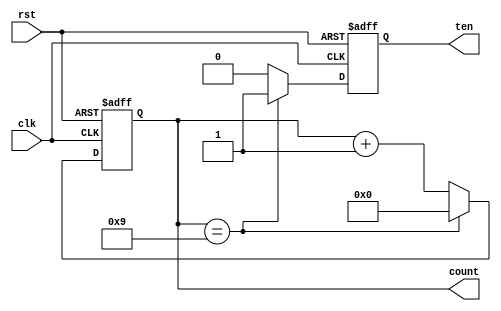
`timescale 1ns / 1ps
//////////////////////////////////////////////////////////////////////////////////
// Company: 
// Engineer: 
// 
// Design Name: 
// Module Name: decade_counter
// Project Name: 
// Target Devices: 
// Tool Versions: 
// Description: 
// 
// Dependencies: 
// 
// Revision:
// Revision 0.01 - File Created
// Additional Comments:
// 
//////////////////////////////////////////////////////////////////////////////////


module decade_counter(
  input clk,
  input rst,
  output [3:0] count,
  output ten
);
//internal registers
reg [3:0] count_internal;
reg ten_internal;

//assign internal registers to outputs
assign count=count_internal;
assign ten= ten_internal;
    
always @(posedge clk or posedge rst) begin
  if (rst) begin
    count_internal <= 4'b0000;
    ten_internal <= 0;
  end else begin
    if (count_internal == 4'b1001) begin
      count_internal <= 4'b0000;
      ten_internal <= 1; //setting 'ten' to '1'
    end else begin 
      count_internal <= count_internal +1;
      ten_internal <= 0 ; // rest 'ten' to '0' on other counts 
    end
  end
end
endmodule